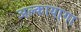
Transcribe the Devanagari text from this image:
अल्कायागा